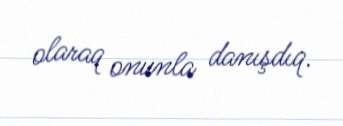
olaraq onunla danışdıq.